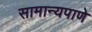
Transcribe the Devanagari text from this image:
सामान्यपाणे